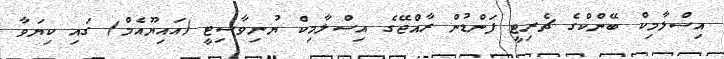
އިސްލާމިކް ބޭންކްގެ ޗެރިޓީ ފަންޑުން ރާއްޖޭގެ އިސްލާމިކް ޔުނިވާސިޓީ (އައިޔޫއެމް) ގައި ކިޔަވާ